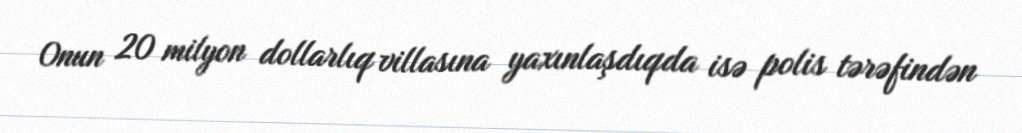
Onun 20 milyon dollarlıq villasına yaxınlaşdıqda isə polis tərəfindən